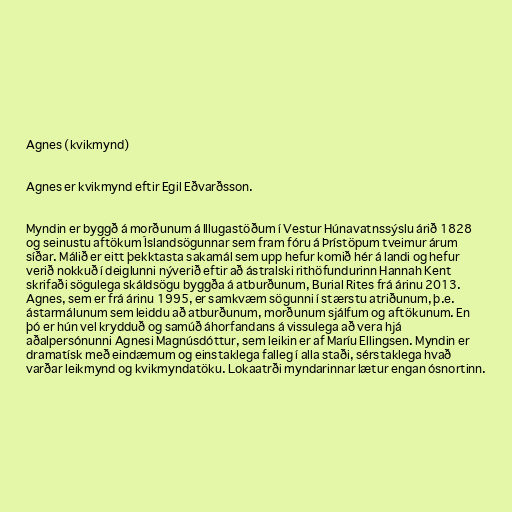
Agnes (kvikmynd)

Agnes er kvikmynd eftir Egil Eðvarðsson.

Myndin er byggð á morðunum á Illugastöðum í Vestur Húnavatnssýslu árið 1828
og seinustu aftökum Íslandsögunnar sem fram fóru á Þrístöpum tveimur árum
síðar. Málið er eitt þekktasta sakamál sem upp hefur komið hér á landi og hefur
verið nokkuð í deiglunni nýverið eftir að ástralski rithöfundurinn Hannah Kent
skrifaði sögulega skáldsögu byggða á atburðunum, Burial Rites frá árinu 2013.
Agnes, sem er frá árinu 1995, er samkvæm sögunni í stærstu atriðunum, þ.e.
ástarmálunum sem leiddu að atburðunum, morðunum sjálfum og aftökunum. En
þó er hún vel krydduð og samúð áhorfandans á vissulega að vera hjá
aðalpersónunni Agnesi Magnúsdóttur, sem leikin er af Maríu Ellingsen. Myndin er
dramatísk með eindæmum og einstaklega falleg í alla staði, sérstaklega hvað
varðar leikmynd og kvikmyndatöku. Lokaatrði myndarinnar lætur engan ósnortinn.